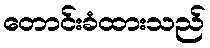
တောင်းခံထားသည်